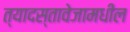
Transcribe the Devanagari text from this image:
त्यादस्तावेजामधील